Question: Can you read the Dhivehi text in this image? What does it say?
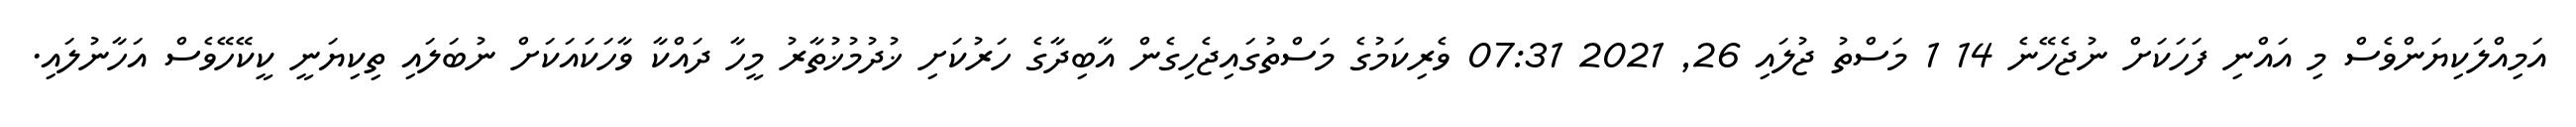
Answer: އަމިއްލަކިޔަންވެސް މި އައްނި ފަހަކަށް ނުޖެހޭނެ 14 1 މަސްތު ޖުލައި 26, 2021 07:31 ވެރިކަމުގެ މަސްތުގައިޖެހިގެން އާބިދާގެ ހަރުކަށި ޚުދުމުޚުތާރު މީހާ ދައްކާ ވާހަކައަކަށް ނުބަލައި ތިކިޔަނީ ކީކޭހޭވެސް އަހާނުލައި.